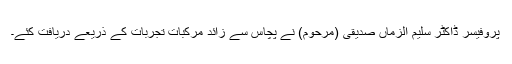
پروفیسر ڈاکٹر سلیم الزماں صدیقی (مرحوم) نے پچاس سے زائد مرکبات تجربات کے ذریعے دریافت کئے۔